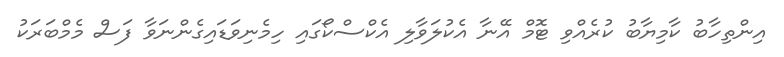
އިންތިހާބު ކާމިޔާބު ކުރެއްވި ޓޮމް އޭނާ އެކުލަވާލި އެކްސްކޯގައި ހިމެނިވަޑައިގެންނަވާ ފަސް މެމްބަރަކު